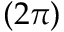
( 2 \pi )